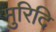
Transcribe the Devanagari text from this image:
मुरिदि